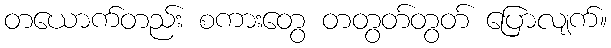
တယောက်တည်း စကားတွေ တတွတ်တွတ် ပြောလျက်။